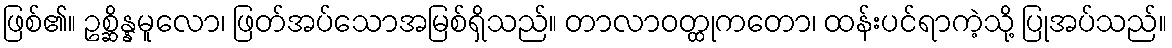
ဖြစ်၏။ ဥစ္ဆိန္နမူလော၊ ဖြတ်အပ်သောအမြစ်ရှိသည်။ တာလာဝတ္ထုကတော၊ ထန်းပင်ရာကဲ့သို့ ပြုအပ်သည်။